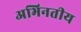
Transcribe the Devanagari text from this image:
अभिनतीय